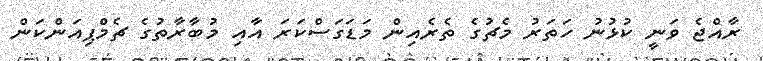
ރާއްޖެ ވަނީ ކުޅުނު ހަތަރު މެޗުގެ ތެރެއިން މަޑަގަސްކަރަ އާއި މުބާރާތުގެ ޗެމްޕިއަންކަން